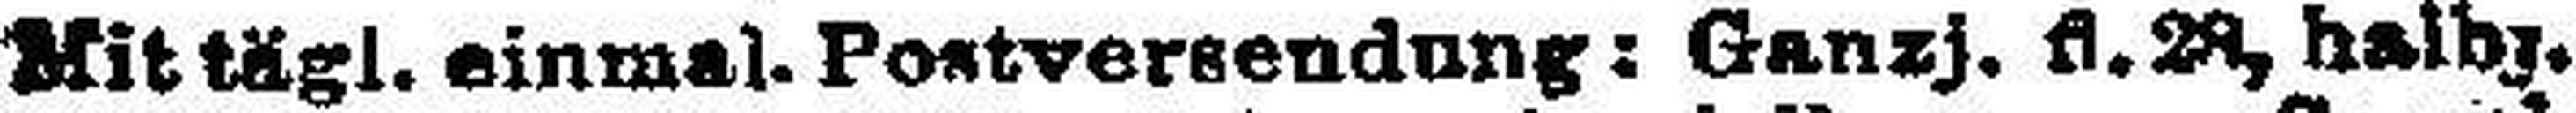
Mittägl. einmal. Postversendung: Ganzj. d. 28, halbj.